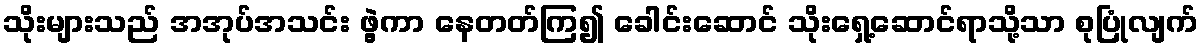
သိုးများသည် အအုပ်အသင်း ဖွဲ့ကာ နေတတ်ကြ၍ ခေါင်းဆောင် သိုးရှေ့ဆောင်ရာသို့သာ စုပြုံလျက်